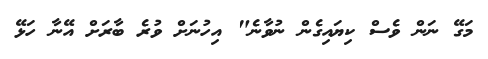
މަގޭ ނަން ވެސް ކިޔައިގެން ނުވާނެ" އިހުނަށް ވުރެ ބާރަށް އޭނާ ހަޅޭ